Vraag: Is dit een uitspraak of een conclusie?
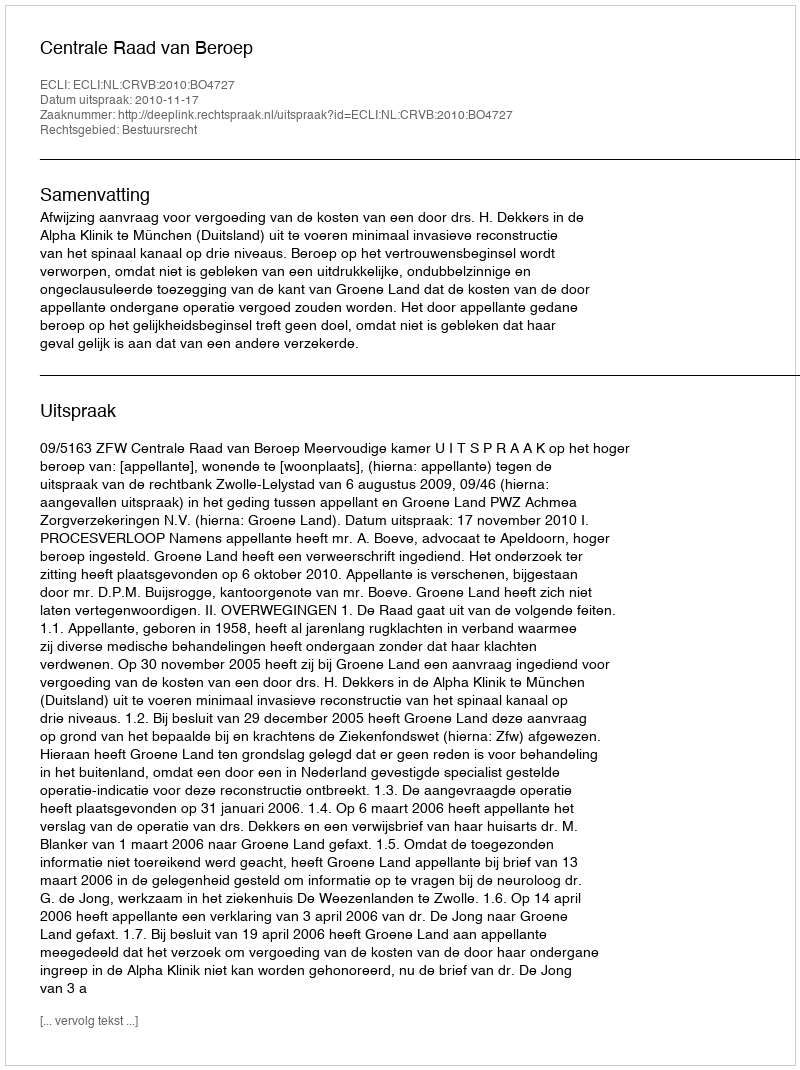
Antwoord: Uitspraak